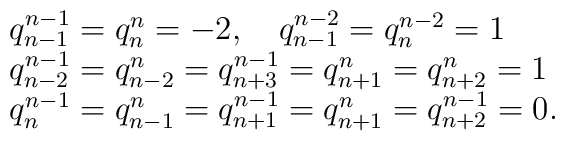
\begin {array}{lcr}q_{n-1}^{n-1}=q_n^n=-2,\quad q_{n-1}^{n-2}=q_n^{n-2}=1 \\ q_{n-2}^{n-1}=q_{n-2}^{n}=q_{n+3}^{n-1}=q_{n+1}^{n}=q^n_{n+2}=1\\q_{n}^{n-1}=q_{n-1}^n=q_{n+1}^{n-1}=q_{n+1}^{n}=q_{n+2}^{n-1}=0. \end{array}